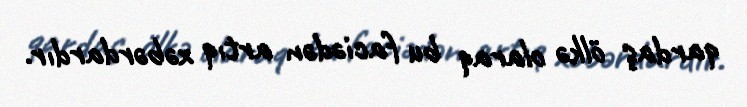
qardaş ölkə olaraq bu faciədən artıq xəbərdardır.